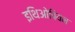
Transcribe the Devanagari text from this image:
इथिओपियन